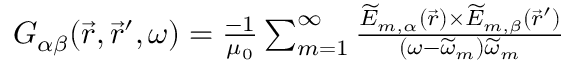
\begin{array} { r } { G _ { \alpha \beta } ( \vec { r } , \vec { r } ^ { \prime } , \omega ) = \frac { - 1 } { \mu _ { 0 } } \sum _ { m = 1 } ^ { \infty } \frac { \widetilde { E } _ { m , \alpha } ( \vec { r } ) \times \widetilde { E } _ { m , \beta } ( \vec { r } ^ { \prime } ) } { ( \omega - \widetilde { \omega } _ { m } ) \widetilde { \omega } _ { m } } } \end{array}